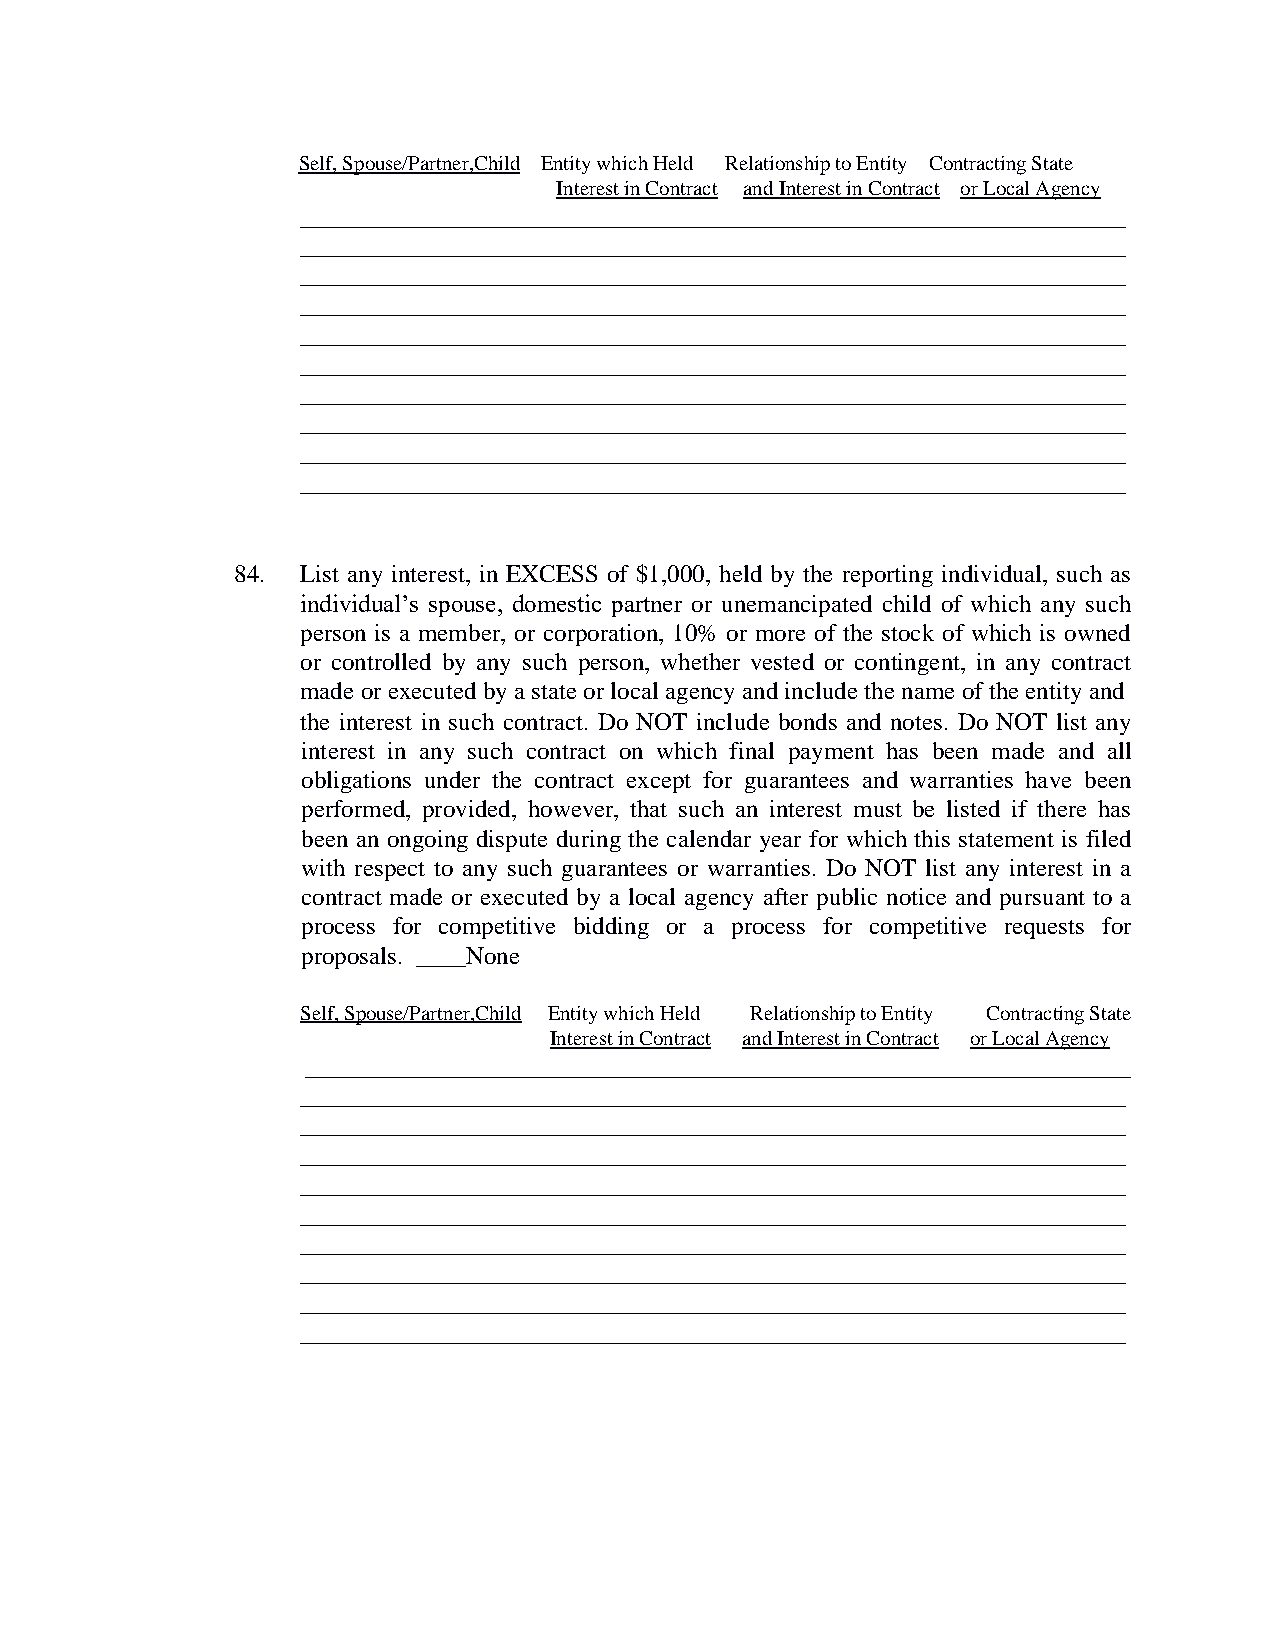
Self, Spouse/Partner,Child Entity which Held Relationship to Entity Contracting State
 Interest in Contract and Interest in Contract or Local Agency
 __________________________________________________________________
 __________________________________________________________________
 __________________________________________________________________
 __________________________________________________________________
 __________________________________________________________________
 __________________________________________________________________
 __________________________________________________________________
 __________________________________________________________________
 __________________________________________________________________
 __________________________________________________________________
 84. List any interest, in EXCESS of $1,000, held by the reporting individual, such as
 individual’s spouse, domestic partner or unemancipated child of which any such
 person is a member, or corporation, 10% or more of the stock of which is owned
 or controlled by any such person, whether vested or contingent, in any contract
 made or executed by a state or local agency and include the name of the entity and
 the interest in such contract. Do NOT include bonds and notes. Do NOT list any
 interest in any such contract on which final payment has been made and all
 obligations under the contract except for guarantees and warranties have been
 performed, provided, however, that such an interest must be listed if there has
 been an ongoing dispute during the calendar year for which this statement is filed
 with respect to any such guarantees or warranties. Do NOT list any interest in a
 contract made or executed by a local agency after public notice and pursuant to a
 process for competitive bidding or a process for competitive requests for
 proposals. ____None
 Self, Spouse/Partner,Child Entity which Held Relationship to Entity Contracting State
 Interest in Contract and Interest in Contract or Local Agency
 __________________________________________________________________
 __________________________________________________________________
 __________________________________________________________________
 __________________________________________________________________
 __________________________________________________________________
 __________________________________________________________________
 __________________________________________________________________
 __________________________________________________________________
 __________________________________________________________________
 __________________________________________________________________